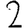
Digit: 2